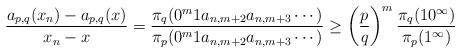
LaTeX: \begin{align*}\frac{a_{p,q}(x_n)-a_{p,q}(x)}{x_n-x} &=\frac{\pi_q(0^m1a_{n,m+2}a_{n,m+3}\cdots)}{\pi_p(0^m1a_{n,m+2}a_{n,m+3}\cdots)}\ge \left(\frac{p}{q}\right)^m\frac{\pi_q(10^{\infty})}{\pi_p(1^{\infty})}\end{align*}